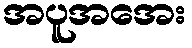
အပူအအေး